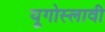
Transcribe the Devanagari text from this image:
यूगोस्लावी